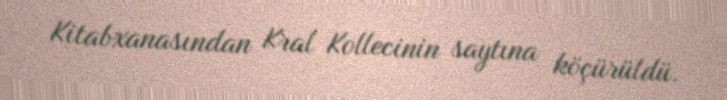
Kitabxanasından Kral Kollecinin saytına köçürüldü.